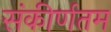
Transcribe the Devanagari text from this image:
संकीर्णतम